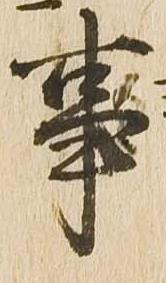
事